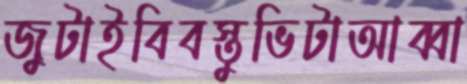
জুটাইবিবস্তুভিটাআব্বা